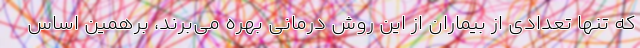
که تنها تعدادی از بیماران از این روش درمانی بهره می‌برند، برهمین اساس